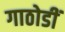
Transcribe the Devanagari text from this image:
गाठोडीं